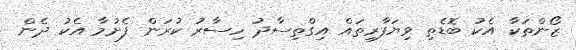
ޒޯންތަކާ އެކު ބޮޑެތި ވިޔަފާރިތައް އިގްތިސާދު ހިސާރު ކުރަން ފެށުމާ އެކު ދެން